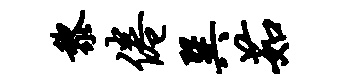
黎倦巽茹